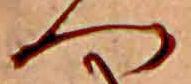
へ